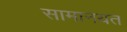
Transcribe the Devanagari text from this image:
सामानयत